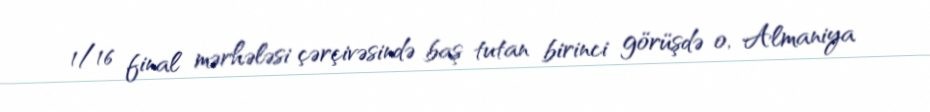
1/16 final mərhələsi çərçivəsində baş tutan birinci görüşdə o, Almaniya